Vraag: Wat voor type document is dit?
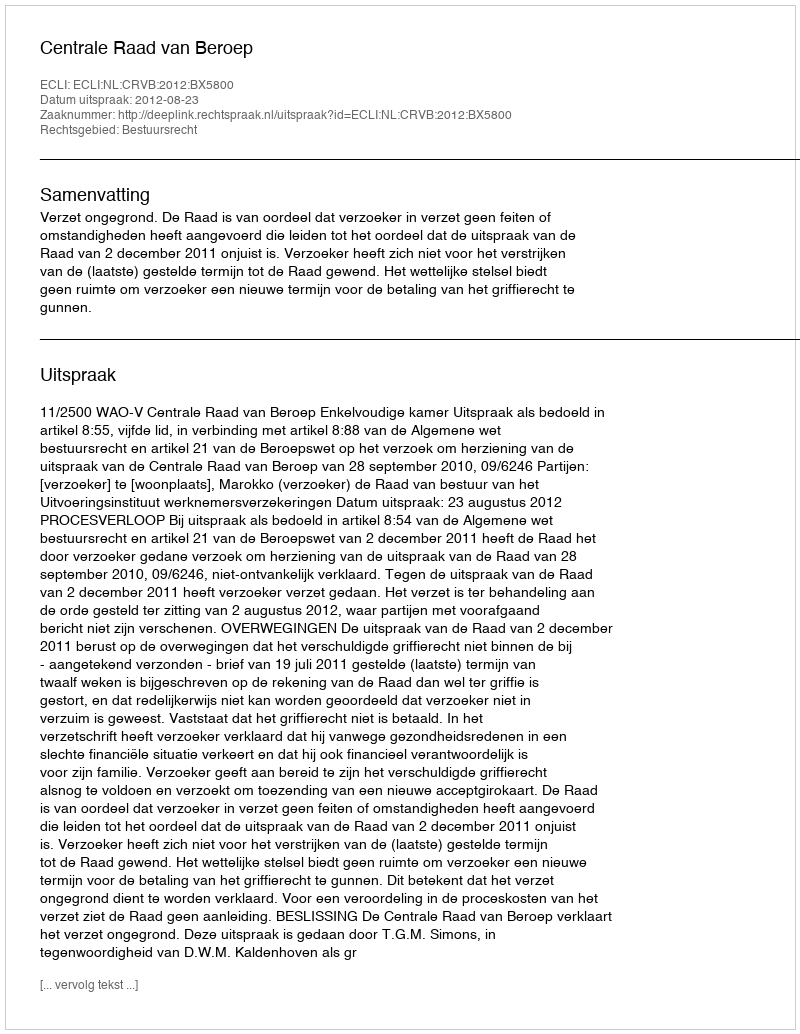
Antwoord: Uitspraak